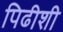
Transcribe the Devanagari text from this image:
पिढीशी